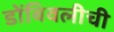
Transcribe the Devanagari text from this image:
डोंबिवलीची